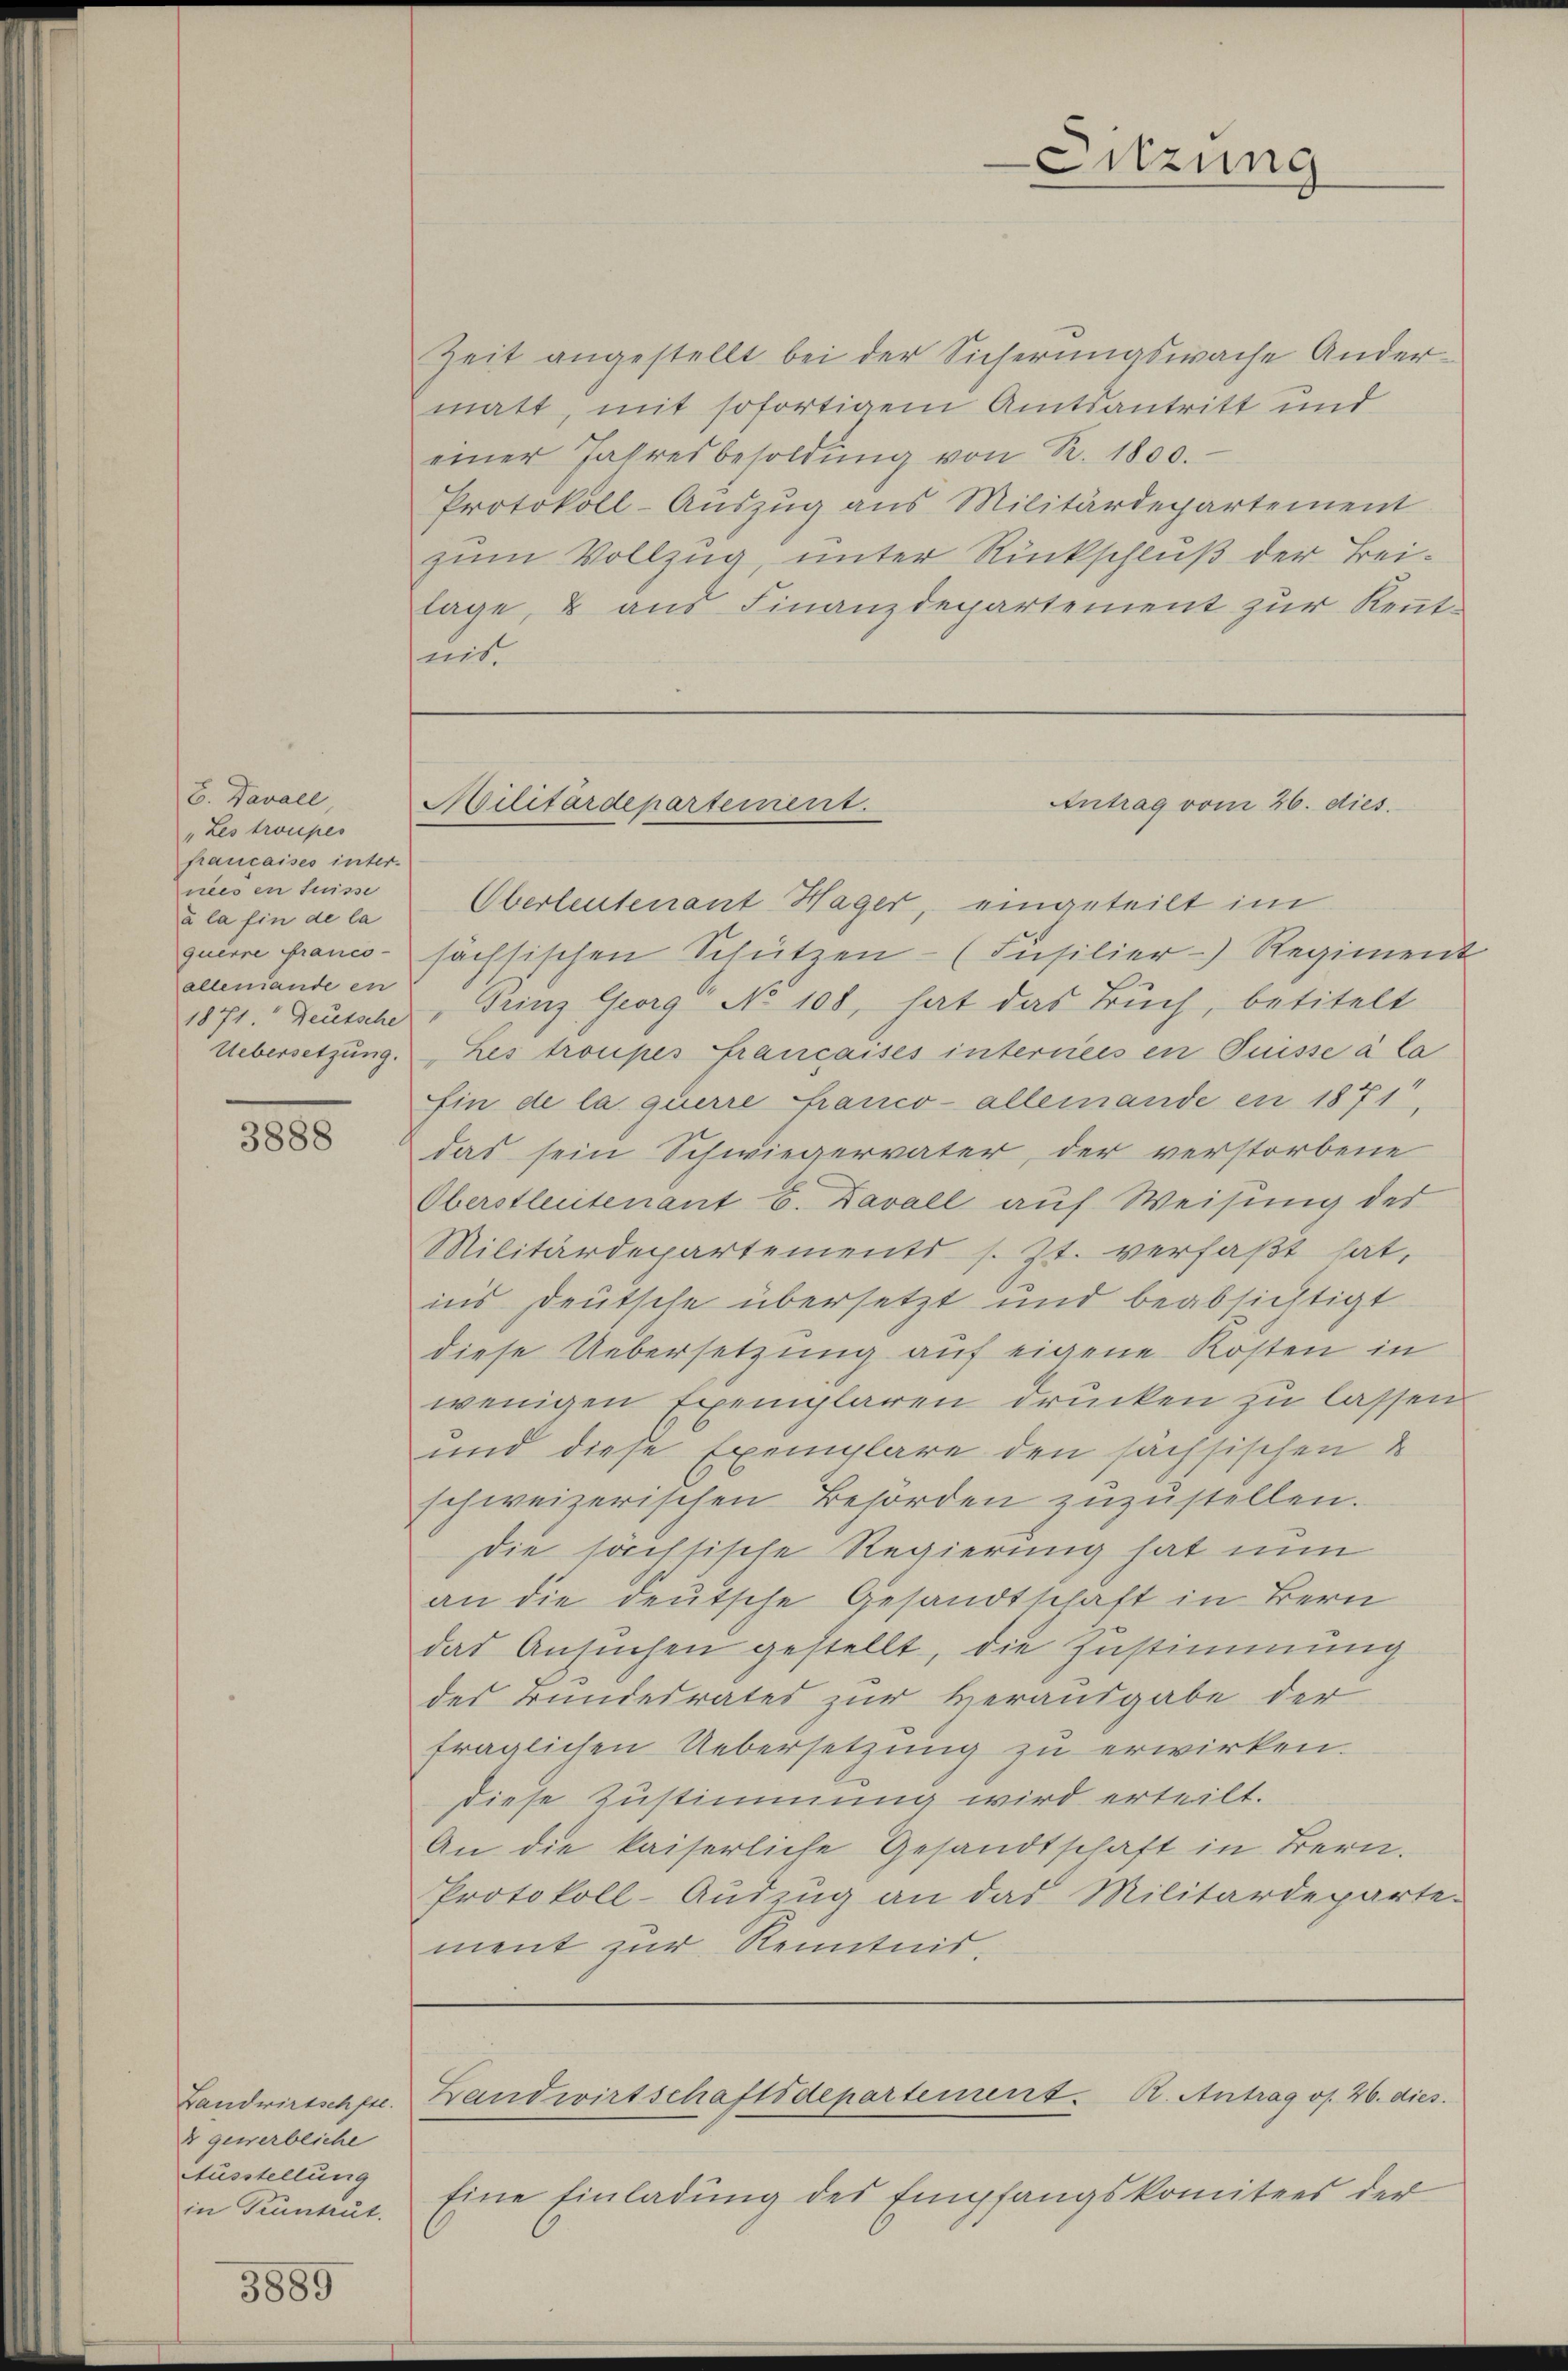
b. Tavall,
" Les troupes
faucaises inter-
nees en Suisse
à la fin de la
quirre franco-
alleniande en

3000

8 gewerbliche
Ausstellung
in Truntrut.

3889

Oberleutenant Hager, eingeteilt im
sächsischen Schützen (Insilier- Regiment
1871. Deutsche, Prinz Georg No 108, hat das Buch, betitelt
Uebersetzung. Les troupes françaises interreis en Suisse à la
Ein de la querre Franco- allemande en 1871,
das sein Schwiegervater, der verstorbene
Oberstleitenant E. Davall auf Weisung des
Militärdepartements s. Zt. verfaßt hat,
ins Deutsche übersetzt und beabsichtigt
diese Uebersetzung auf eigene Kosten in
wenigen Exemplaren drücken zu lassen.
und diese Exemplare den sachsischen
schweizerischen Behörden zuzustellen.
Die höchsische Regierung hat nun
an die deutsche Gesandtschaft in Bern
das Ansuchen gestellt, die Zustimmung
des Bundesrates zur Herausgabe der
fraglichen Uebersetzung zu erwirken.
diese Zustimmung wird erteilt.
An die kaiserliche Gesandtschaft in Bern.
Protokoll-Auszug an das Militärdeparte-
ment zur Kenntnis.

Zeit angestellt bei der Sicherungswache Andermatt, mit sofortigem Amtsantritt und
einer Jahresbesoldŭng von R. 1800.
Protokoll-Auszug aus Militärdepartement
zum Vollzug, unter Rückschluß der Beilage, & aus Finanzdepartement zur Kenntmit

Sitzung

Antrag vom 26. dies
Militärdepartement.

Landwirtschpr. Brandwirtschaftsdepartement. B. Antrag os. 26. dies

Eine Einladung des Empfangskomitees der